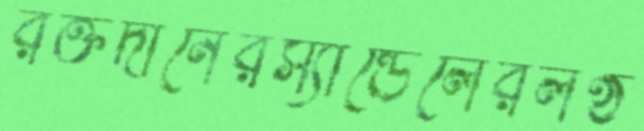
রক্তদানেরস্যান্ডেলেরলণ্ঠ